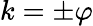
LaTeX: k=\pm\varphi